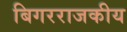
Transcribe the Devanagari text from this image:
बिगरराजकीय